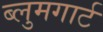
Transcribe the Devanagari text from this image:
ब्लुमगार्ट